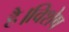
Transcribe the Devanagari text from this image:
है।विशेष